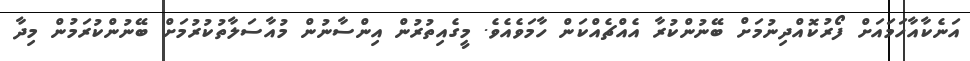
އަނެކާއާހަމައަށް ފޯރުކޮއްދިނުމަށް ބޭނުންކުރާ އެއްޗެއްކަން ހާމަވެއެވެ. މީގެއިތުރުން އިންސާނުން މުއާސަލާތުކުރުމަށް ބޭނުންކުރަމުން މިދާ